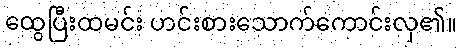
ထွေပြီးထမင်း ဟင်းစားသောက်ကောင်းလှ၏။